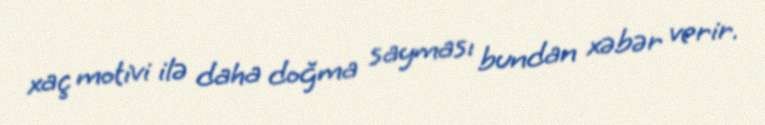
xaç motivi ilə daha doğma sayması bundan xəbər verir.